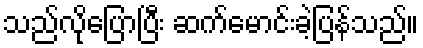
သည်လိုပြောပြီး ဆက်မောင်းခဲ့ပြန်သည်။